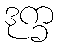
ဒုက္ခ